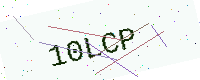
Text: 10LCP